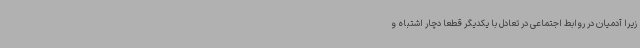
زیرا آدمیان در روابط اجتماعی در تعادل با یکدیگر قطعا دچار اشتباه و